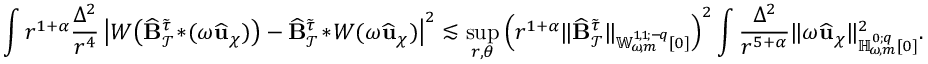
\int r ^ { 1 + \alpha } \frac { \Delta ^ { 2 } } { r ^ { 4 } } \left| W \! \left( \widehat { \mathbf { B } } _ { \mathcal { T } } ^ { \widetilde { \tau } } \! * \! ( \omega \widehat { \mathbf { u } } _ { \chi } ) \right) - \widehat { \mathbf { B } } _ { \mathcal { T } } ^ { \widetilde { \tau } } \! * \! W ( \omega \widehat { \mathbf { u } } _ { \chi } ) \right| ^ { 2 } \lesssim \operatorname* { s u p } _ { r , \theta } \Big ( r ^ { 1 + \alpha } \lVert \widehat { \mathbf { B } } _ { \mathcal { T } } ^ { \widetilde { \tau } } \rVert _ { { \mathbb { W } _ { \! \omega \! , m } ^ { 1 \! , 1 \! ; { - \! q } } } [ 0 ] } \Big ) ^ { 2 } \int \frac { \Delta ^ { 2 } } { r ^ { 5 + \alpha } } \lVert \omega \widehat { \mathbf { u } } _ { \chi } \rVert _ { { \mathbb { H } _ { \! \omega \! , m } ^ { 0 ; { q } } } [ 0 ] } ^ { 2 } .